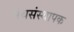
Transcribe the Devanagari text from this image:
पंथसंस्थापक